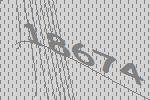
18674